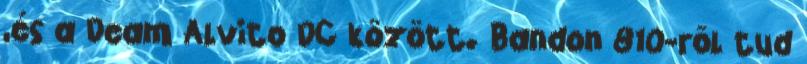
,és a Deam Alvito DC között. Bandon 810-rõl tud